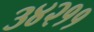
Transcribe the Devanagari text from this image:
३४२११